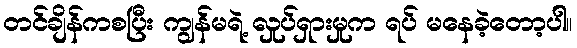
တင်ချိန်ကစပြီး ကျွန်မရဲ့ လှုပ်ရှားမှုက ရပ် မနေခဲ့တော့ပါ။